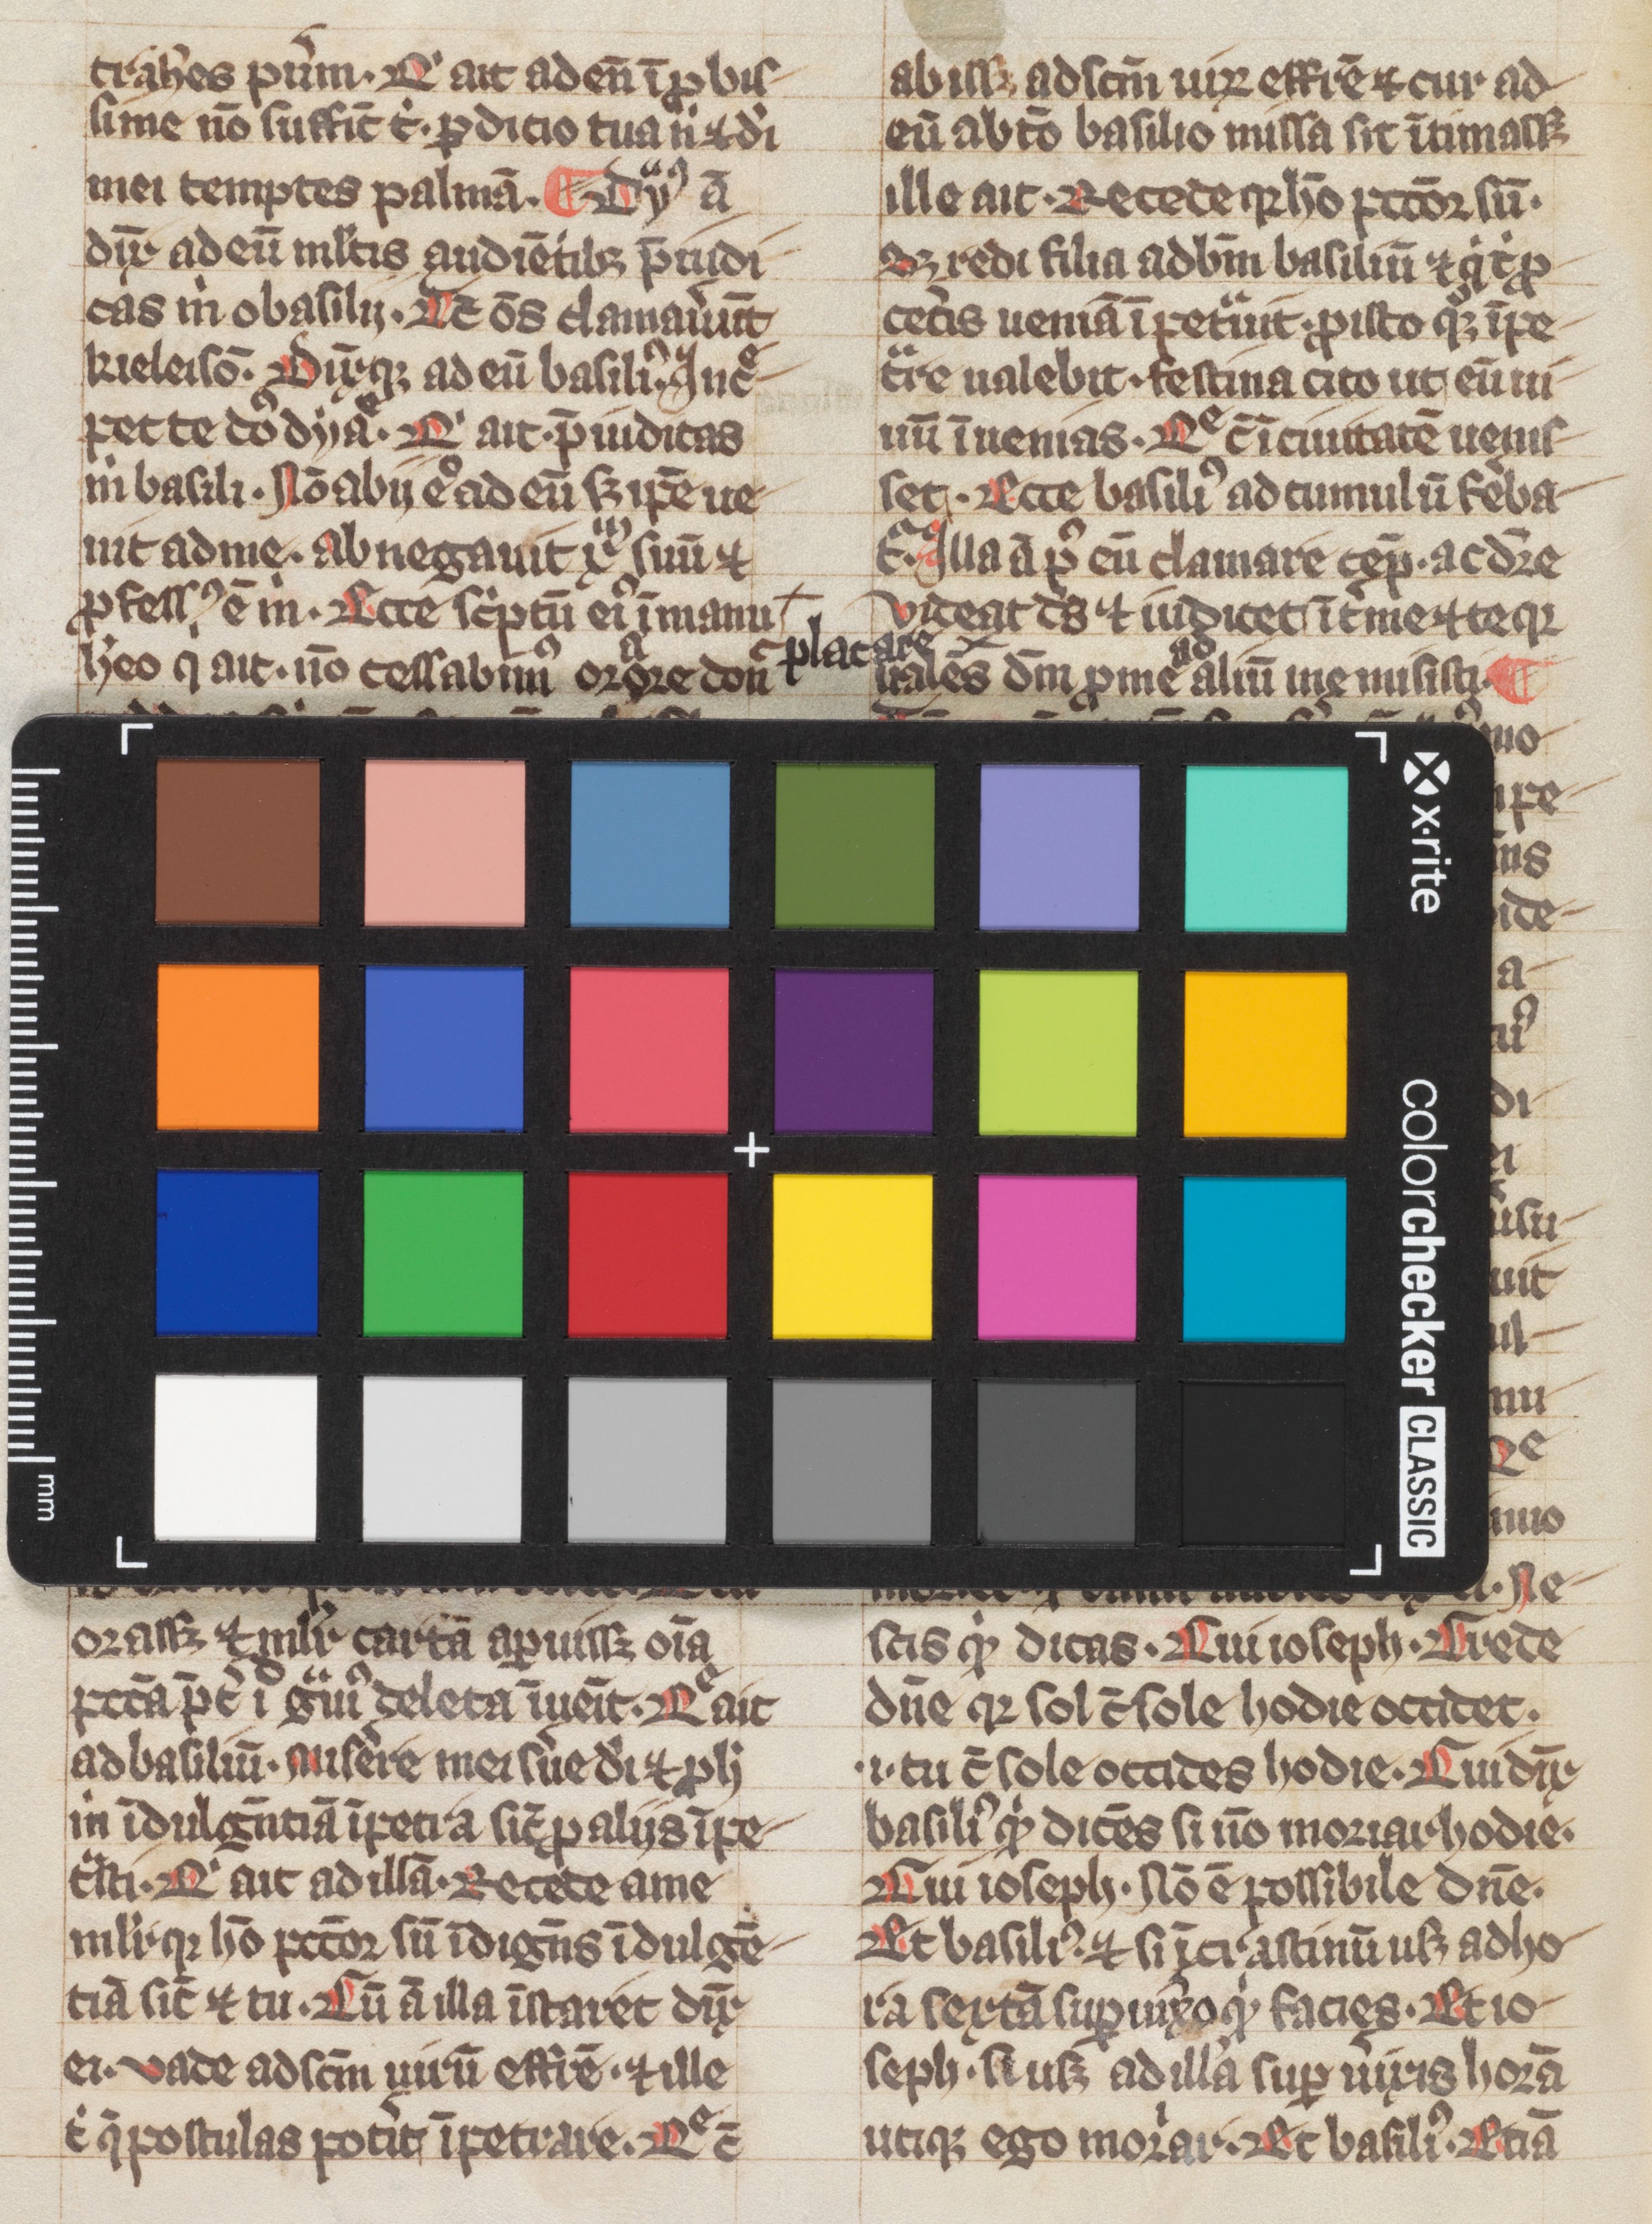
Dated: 1300–1399